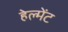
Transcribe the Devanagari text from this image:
हेल्मेंट